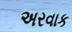
અરવાક